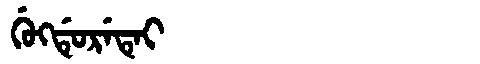
Manchu: ᡤᡠᡴᡩᡠᡵᡝᡨᡝᡳ
Romanization: GUKDURETEI